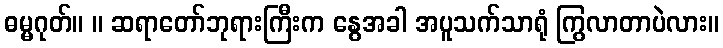
ဓမ္မဂုတ်။ ။ ဆရာတော်ဘုရားကြီးက နွေအခါ အပူသက်သာရုံ ကြွလာတာပဲလား။